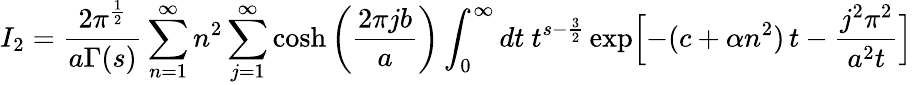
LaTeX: I_{2}={\frac{2\pi^{\frac{1}{2}}}{a\Gamma(s)}}\sum_{n=1}^{\infty}n^{2}\sum_{j=1}^{\infty}\cosh\left({\frac{2\pi jb}{a}}\right)\int_{0}^{\infty}dt\ t^{s-{\frac{3}{2}}}\exp\Bigl[-(c+\alpha n^{2})\, t-\frac{j^{2}\pi^{2}}{a^{2}t}\Bigr]